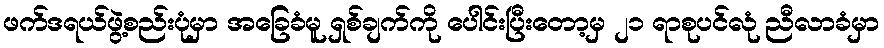
ဖက်ဒရယ်ဖွဲ့စည်းပုံမှာ အခြေခံမူ ရှစ်ချက်ကို ပေါင်းပြီးတော့မှ ၂၁ ရာစုပင်လုံ ညီလာခံမှာ